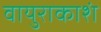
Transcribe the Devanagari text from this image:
वायुराकाशं